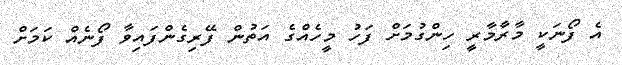
އެ ފޯނަކީ މާރާމާރީ ހިންގުމަށް ފަހު މީހެއްގެ އަތުން ފޭރިގެންފައިވާ ފޯނެއް ކަމަށް